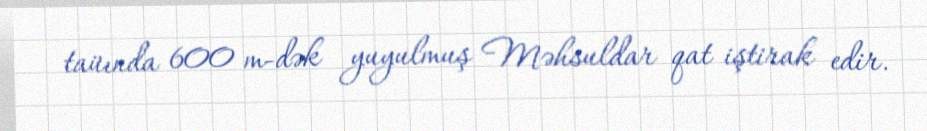
taüında 600 m-dək yuyulmuş Məhsuldar qat iştirak edir.